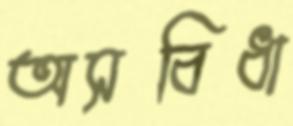
অসবিধা